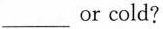
___or cold?